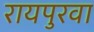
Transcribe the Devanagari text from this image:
रायपुरवा